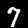
Label: 7